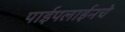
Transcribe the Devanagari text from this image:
पाईपलाईनचे